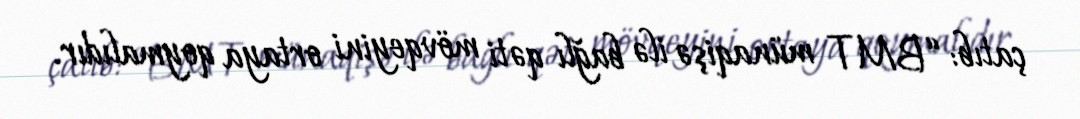
çatıb: “BMT münaqişə ilə bağlı qəti mövqeyini ortaya qoymalıdır.